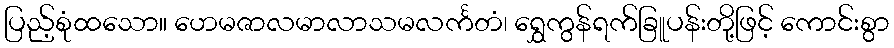
ပြည့်စုံထသော။ ဟေမဇာလမာလာသမလင်္ကတံ၊ ရွှေကွန်ရက်ခြူပန်းတို့ဖြင့် ကောင်းစွာ